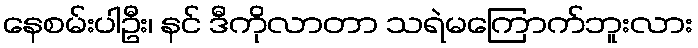
နေစမ်းပါဦး၊ နင် ဒီကိုလာတာ သရဲမကြောက်ဘူးလား